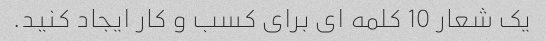
یک شعار 10 کلمه ای برای کسب و کار ایجاد کنید.